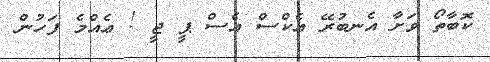
ކޮބާތޯ ވަށާ އެނބުރޭ އެކްސް އެސް ޕީ ޖީ ! ޢެއްމެ ފަހުން